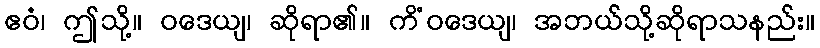
ဧဝံ၊ ဤသို့။ ဝဒေယျ၊ ဆိုရာ၏။ ကိံဝဒေယျ၊ အဘယ်သို့ဆိုရာသနည်း။